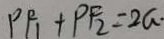
P F _ { 1 } + P F _ { 2 } = 2 a \cdot